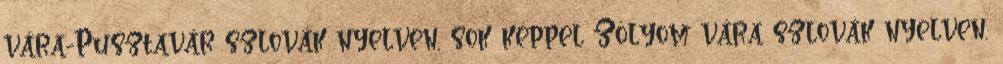
vára-Pusztavár szlovák nyelven, sok képpel Zólyom vára szlovák nyelven,